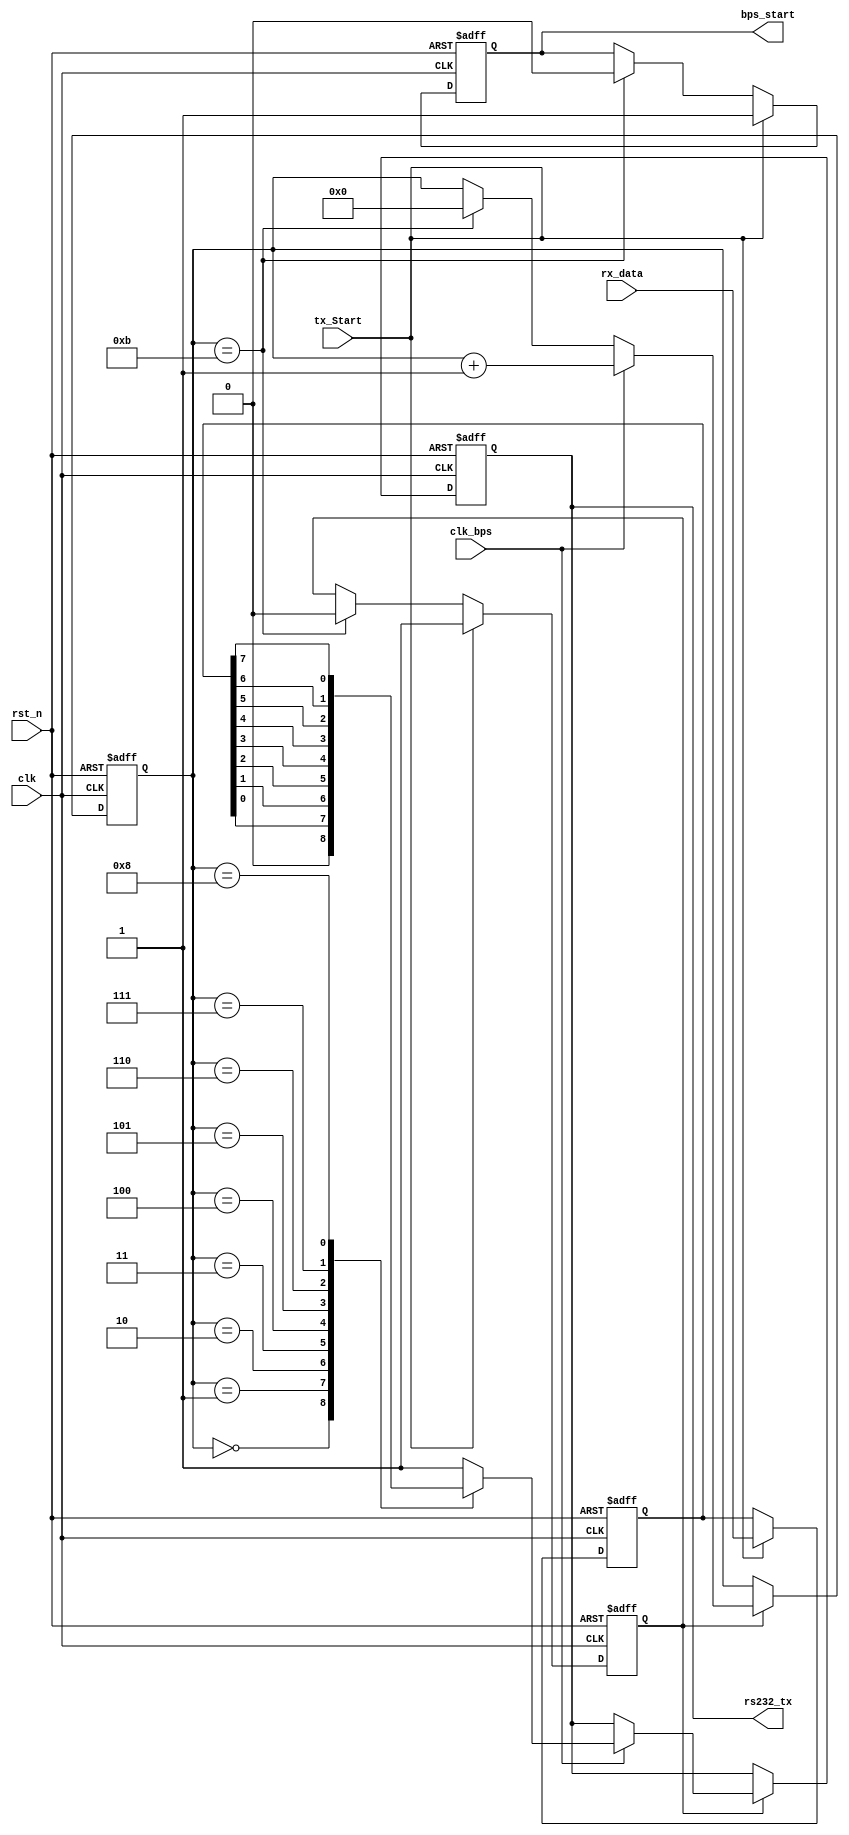
module Uart_Tx(
				clk,rst_n,
				rx_data,tx_Start,rs232_tx,
				clk_bps,bps_start
			);

input clk;			// 50MHz
input rst_n;		//
input clk_bps;		// clk_bps_r,
input[7:0] rx_data;	//
input tx_Start;		//,,
output rs232_tx;	// RS232
output bps_start;	//

//---------------------------------------------------------


//---------------------------------------------------------
reg[7:0] tx_data;	//
//---------------------------------------------------------
reg bps_start_r;
reg tx_en;	//
reg[3:0] num;

always @ (posedge clk or negedge rst_n) begin
	if(!rst_n) begin
			bps_start_r <= 1'bz;
			tx_en <= 1'b0;
			tx_data <= 8'd0;
		end
	else if(tx_Start) begin	//
			bps_start_r <= 1'b1;
			tx_data <= rx_data;	//
			tx_en <= 1'b1;		//
		end
	else if(num==4'd11) begin	//
			bps_start_r <= 1'b0;
			tx_en <= 1'b0;
		end
end

assign bps_start = bps_start_r;

//---------------------------------------------------------
reg rs232_tx_r;

always @ (posedge clk or negedge rst_n) begin
	if(!rst_n) begin
			num <= 4'd0;
			rs232_tx_r <= 1'b1;
		end
	else if(tx_en) begin
			if(clk_bps)	begin
					num <= num+1'b1;
					case (num)
						4'd0: rs232_tx_r <= 1'b0; 	//
						4'd1: rs232_tx_r <= tx_data[0];	//bit0
						4'd2: rs232_tx_r <= tx_data[1];	//bit1
						4'd3: rs232_tx_r <= tx_data[2];	//bit2
						4'd4: rs232_tx_r <= tx_data[3];	//bit3
						4'd5: rs232_tx_r <= tx_data[4];	//bit4
						4'd6: rs232_tx_r <= tx_data[5];	//bit5
						4'd7: rs232_tx_r <= tx_data[6];	//bit6
						4'd8: rs232_tx_r <= tx_data[7];	//bit7
						4'd9: rs232_tx_r <= 1'b1;	//
					 	default: rs232_tx_r <= 1'b1;
						endcase
				end
			else if(num==4'd11) num <= 4'd0;	//
		end
end

assign rs232_tx = rs232_tx_r;

endmodule